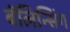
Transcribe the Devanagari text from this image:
बॅलिन्सिंग